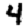
Digit: 4